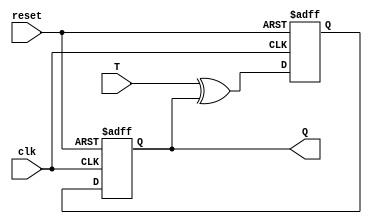
module T_FF (
    input wire clk,
    input wire reset,
    input wire T,
    output reg Q
);

reg D1;
reg D2;

always @(posedge clk or posedge reset)
begin
    if (reset)
        D1 <= 1'b0;
    else
        D1 <= T ^ D2;
end

always @(negedge clk or posedge reset)
begin
    if (reset)
        D2 <= 1'b0;
    else
        D2 <= D1;
end

assign Q = D2;

endmodule